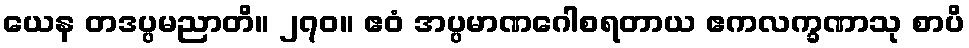
ယေန တဒပ္ပမညာတိ။ ၂၇၀။ ဧဝံ အပ္ပမာဏဂေါစရတာယ ဧကလက္ခဏာသု စာပိ